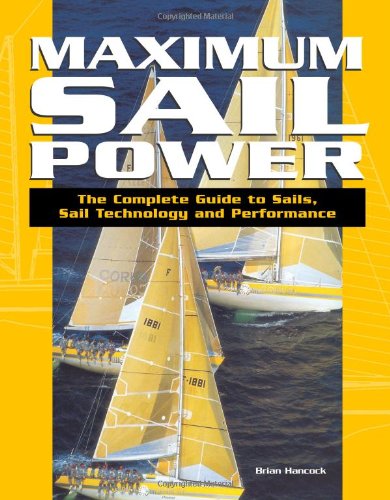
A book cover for Maximum Sail Power: The Complete Guide to Sails, Sail Technology, and Performance; Brian Hancock; Sports & Outdoors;